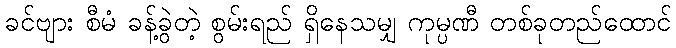
ခင်ဗျား စီမံ ခန့်ခွဲတဲ့ စွမ်းရည် ရှိနေသမျှ ကုမ္ပဏီ တစ်ခုတည်ထောင်